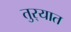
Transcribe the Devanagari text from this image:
तुर्‍यात